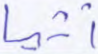
أثيما